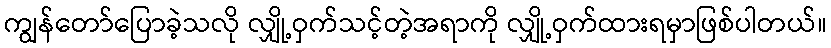
ကျွန်တော်ပြောခဲ့သလို လျှို့ဝှက်သင့်တဲ့အရာကို လျှို့ဝှက်ထားရမှာဖြစ်ပါတယ်။